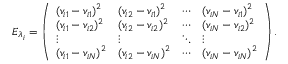
E _ { \lambda _ { i } } = \left( \begin{array} { l l l l } { ( v _ { i 1 } - v _ { i 1 } ) ^ { 2 } } & { ( v _ { i 2 } - v _ { i 1 } ) ^ { 2 } } & { \cdots } & { ( v _ { i N } - v _ { i 1 } ) ^ { 2 } } \\ { ( v _ { i 1 } - v _ { i 2 } ) ^ { 2 } } & { ( v _ { i 2 } - v _ { i 2 } ) ^ { 2 } } & { \cdots } & { ( v _ { i N } - v _ { i 2 } ) ^ { 2 } } \\ { \vdots } & { \vdots } & { \ddots } & { \vdots } \\ { ( v _ { i 1 } - v _ { i N } ) ^ { 2 } } & { ( v _ { i 2 } - v _ { i N } ) ^ { 2 } } & { \cdots } & { ( v _ { i N } - v _ { i N } ) ^ { 2 } } \end{array} \right) .